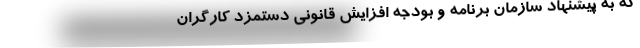
که به پیشنهاد سازمان برنامه و بودجه افزایش قانونی دستمزد کارگران